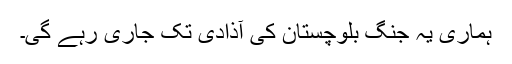
ہماری یہ جنگ بلوچستان کی آذادی تک جاری رہے گی۔